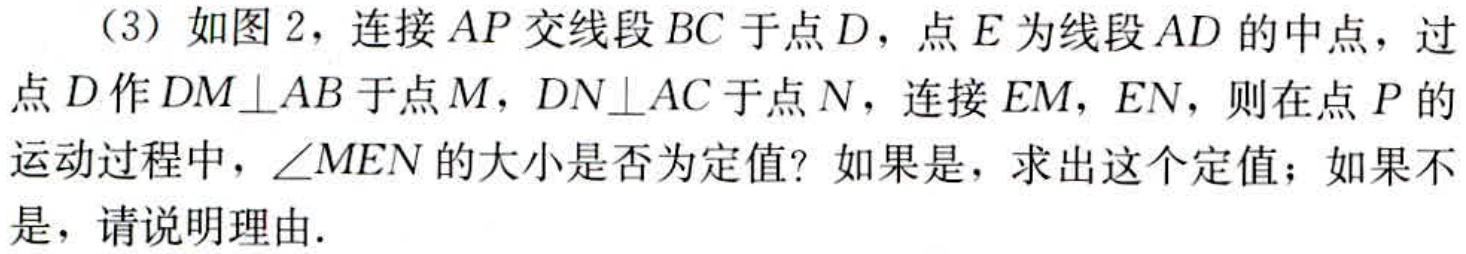
（3）如图2，连接\(AP\)交线段\(BC\)于点\(D\)，点\(E\)为线段\(AD\)的中点，过点\(D\)作\(DM\perp AB\)于点\(M\)，\(DN\perp AC\)于点\(N\)，连接\(EM\)，\(EN\)，则在点\(P\)的运动过程中，\(\angle MEN\)的大小是否为定值？如果是，求出这个定值；如果不是，请说明理由.